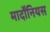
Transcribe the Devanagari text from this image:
मार्दोंनियस